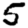
Digit: 5